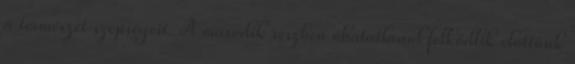
a természet szépségeit. A második részben óhatatlanul felködlik előttünk